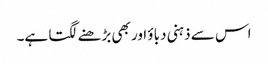
اس سے ذہنی دباؤ اور بھی بڑھنے لگتا ہے۔